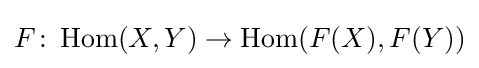
F\colon \operatorname {Hom} (X,Y)\to \operatorname {Hom} (F(X),F(Y))